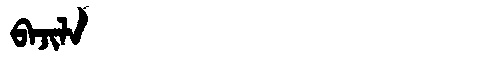
Manchu: ᠪᠠᠵᡳᠯᠠ
Romanization: BAJILA